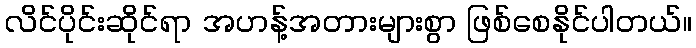
လိင်ပိုင်းဆိုင်ရာ အဟန့်အတားများစွာ ဖြစ်စေနိုင်ပါတယ်။